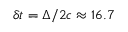
\delta { t } = \Delta / 2 c \approx 1 6 . 7